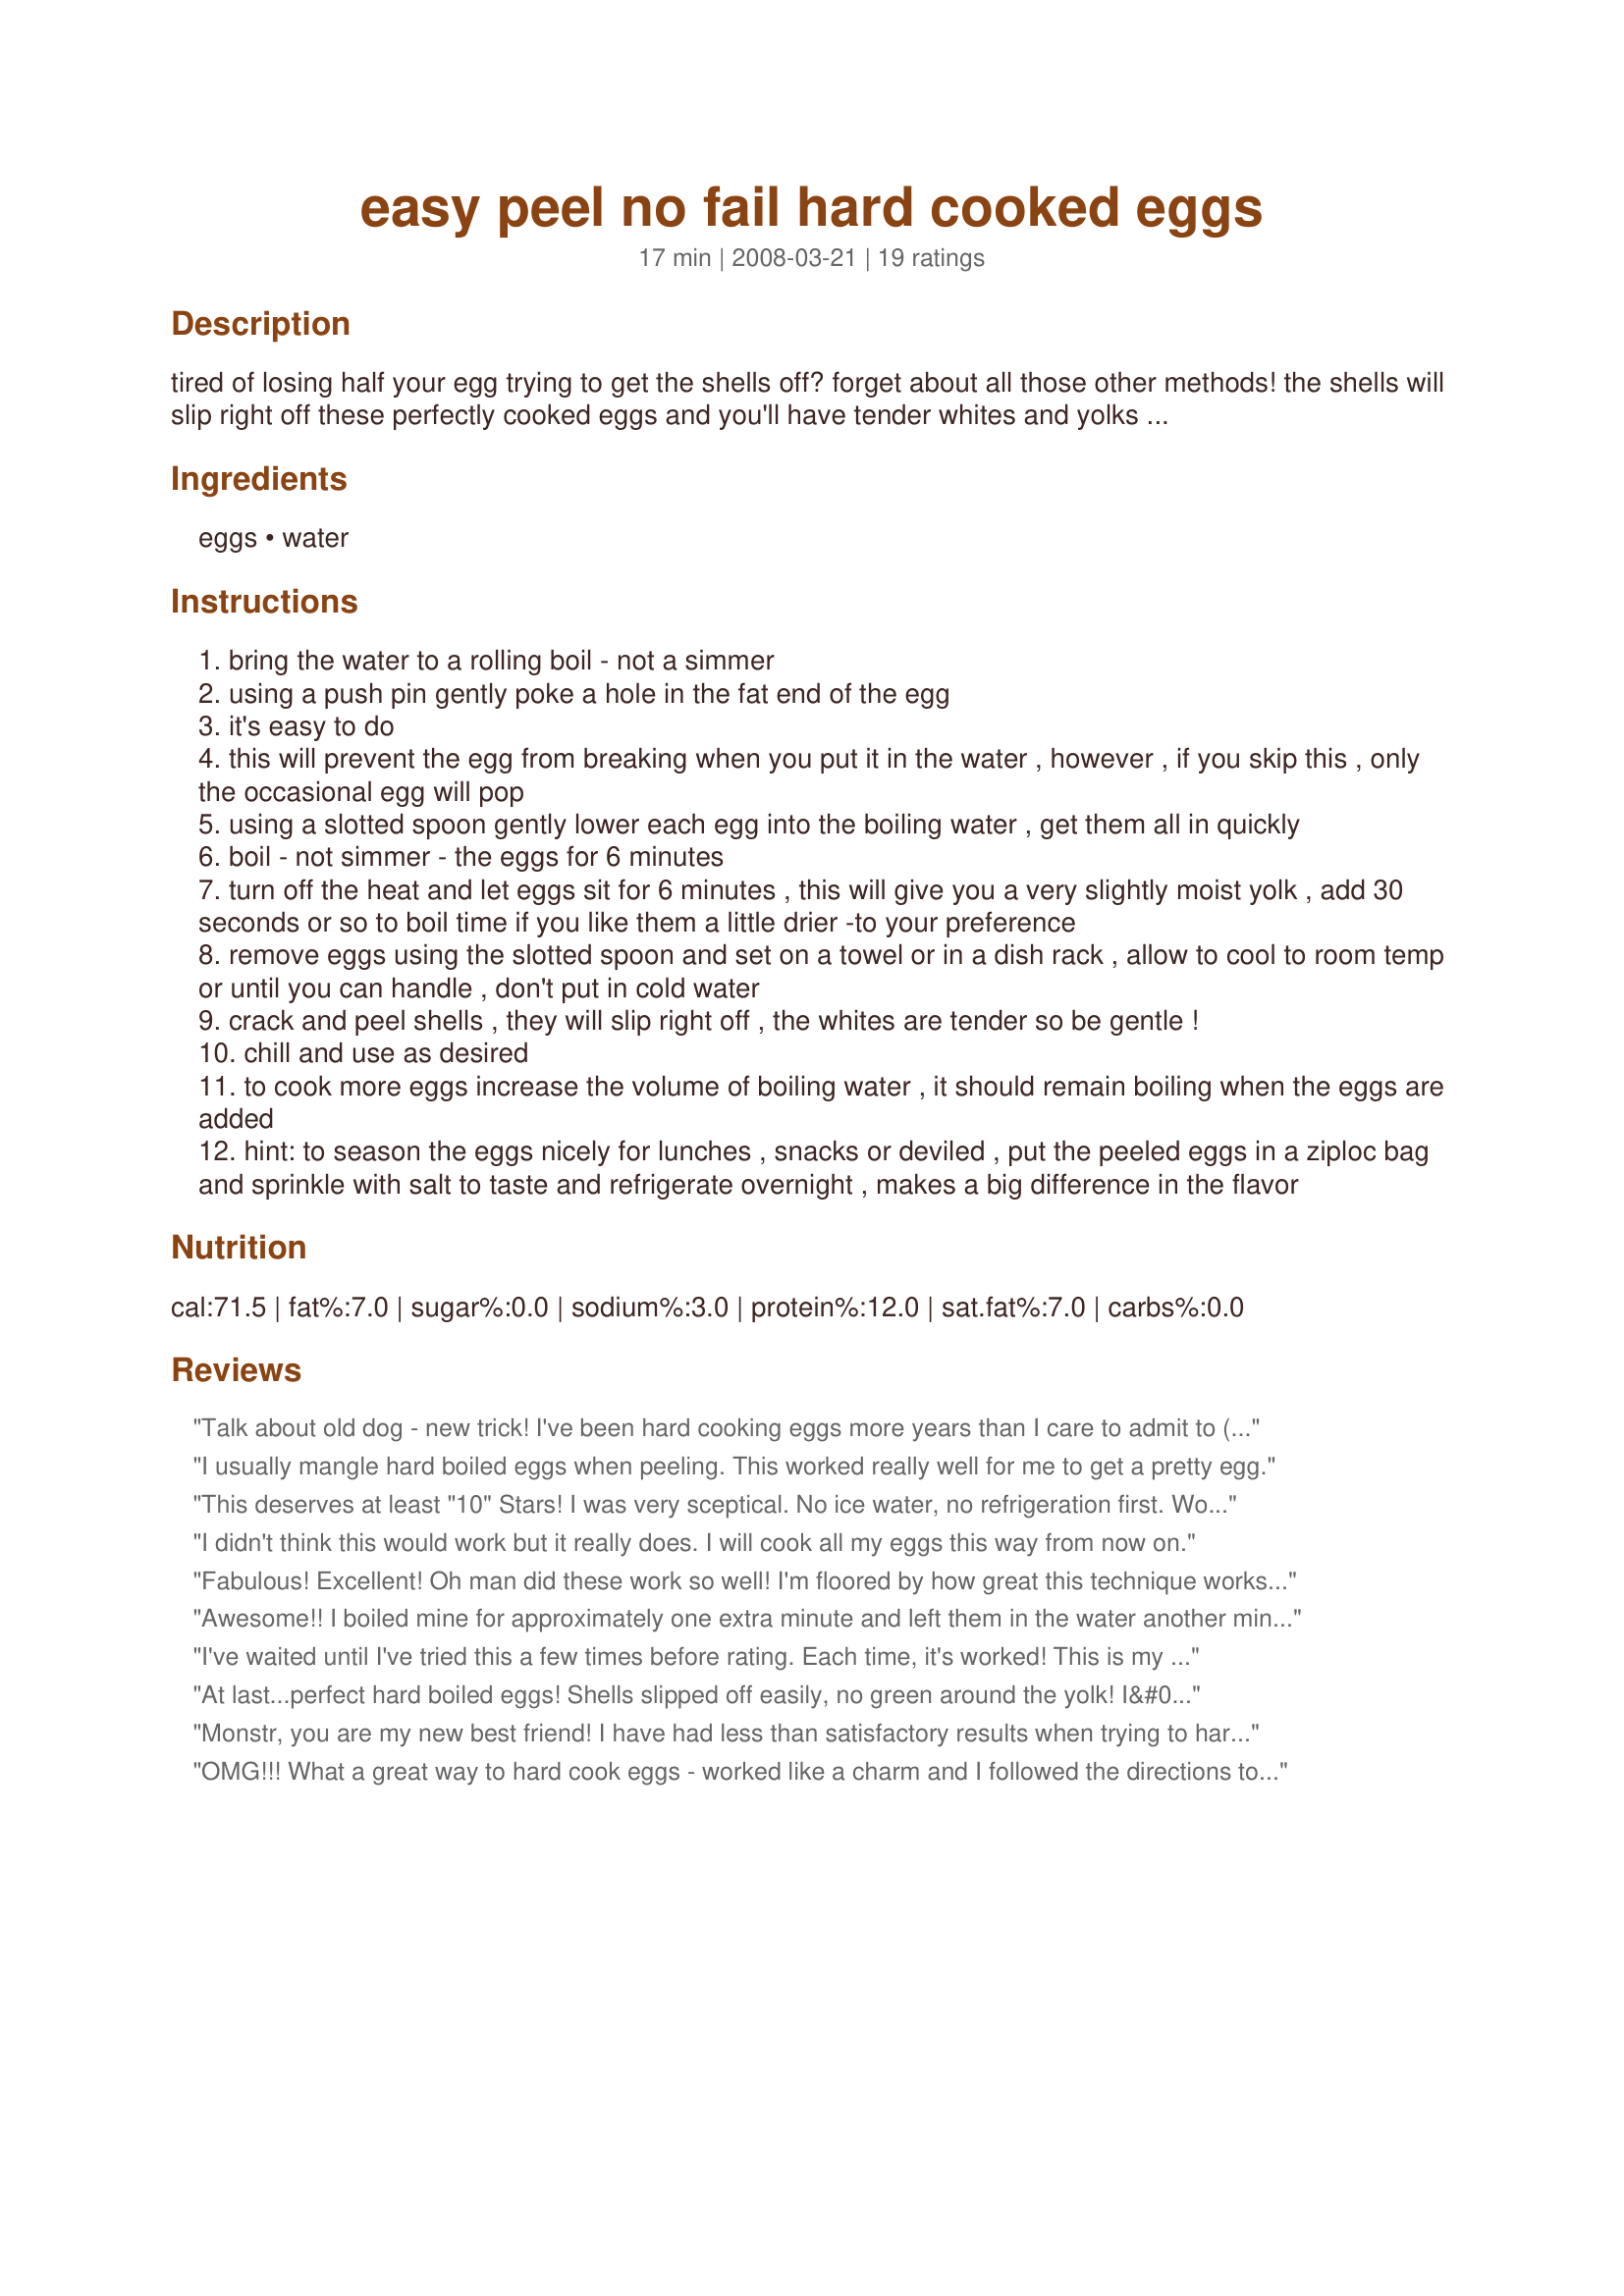
easy peel no fail hard cooked eggs
Preparation time: 17 minutes

tired of losing half your egg trying to get the shells off? forget about all those other methods! the shells will slip right off these perfectly cooked eggs and you'll have tender whites and yolks done just right, no green. a bonus hint for seasoning your hard cooked eggs too!

Ingredients:
eggs, water

Steps:
bring the water to a rolling boil - not a simmer
using a push pin gently poke a hole in the fat end of the egg
it's easy to do
this will prevent the egg from breaking when you put it in the water , however , if you skip this , only the occasional egg will pop
using a slotted spoon gently lower each egg into the boiling water , get them all in quickly
boil - not simmer - the eggs for 6 minutes
turn off the heat and let eggs sit for 6 minutes , this will give you a very slightly moist yolk , add 30 seconds or so to boil time if you like them a little drier -to your preference
remove eggs using the slotted spoon and set on a towel or in a dish rack , allow to cool to room temp or until you can handle , don't put in cold water
crack and peel shells , they will slip right off , the whites are tender so be gentle !
chill and use as desired
to cook more eggs increase the volume of boiling water , it should remain boiling when the eggs are added
hint: to season the eggs nicely for lunches , snacks or deviled , put the peeled eggs in a ziploc bag and sprinkle with salt to taste and refrigerate overnight , makes a big difference in the flavor

Reviews:
Talk about old dog - new trick! I've been hard cooking eggs more years than I care to admit to (I'm a great-grandmother) and these just plain worked. I like the preciseness. I've always done it by guess and by golly, which invariably gave me green egg ring around the yolk. My family prob. doesn't even know that hard cooked eggs aren't supposed to have green rings! I think that a little adjustment for cold eggs vs room temp be kept in mind. Thanks for the posting.
I usually mangle hard boiled eggs when peeling. This worked really well for me to get a pretty egg.
This deserves at least "10" Stars! I was very sceptical. No ice water, no refrigeration first.
Wow This is the best trick since sliced bread. I teach a cooking class for adult Ed. program and all these ladies and gentelman are Amazed. Thanks a Ton. :-)
I didn't think this would work but it really does. I will cook all my eggs this way from now on.
Fabulous! Excellent! Oh man did these work so well! I'm floored by how great this technique works. I was so skeptical when I read about the pushpin, but after losing over 18 eggs on the night before Thanksgiving, I was ready for anything. These shells came off in 2-3 pieces instead of 2-3 thousand. The yolk was perfect, not gooey or green. I'm sold. Thank you so much!
Awesome!! I boiled mine for approximately one extra minute and left them in the water another minute. I put them in straight from the fridge. And they were fresh from the store eggs. I did peel them while they were still quite warm to the touch, but the shells come off perfectly. I was shocked.
I've waited until I've tried this a few times before rating. Each time, it's worked! This is my go-to method for cooking hard boiled eggs. Thanks so much!
At last...perfect hard boiled eggs! Shells slipped off easily, no green around the yolk! I&#039;m in heaven. Thank you so much for sharing this recipe! (didn&#039;t do the needle trick~worked just fine!)
Monstr, you are my new best friend! I have had less than satisfactory results when trying to hard cook eggs by bringing the eggs to a boil and then removing from the heat for a certain number of minutes, which seems to be the popular way of doing it these days. After ruining 1 1/2 dozen eggs this morning that were to be used for Easter dinner deviled eggs, I ran across you recipe. Like the others, I was skeptical particularly when some of the egg whites started leaking out the pin holes. But the results were spectacular! The shells came right off and the egg yolks were pure yellow, with none of the green ring! You saved the day! Thanks so much for sharing this. I've added it to my cookbook so I NEVER lose the recipe...
OMG!!! What a great way to hard cook eggs - worked like a charm and I followed the directions to the letter - even used the hint to season and it gave such a nice taste to the eggs. I used the eggs to make recipe#192196 and to make it even more difficult used farm fresh eggs and it still worked perfect. Thanks for such a great method, this is the only way I'll ever hard boil eggs again.
I would not have believed it...But it was wonderful. Easiest hard cooked eggs ever. Even with fresh from the store eggs.
These were SO easy to peel! Just as promised! We boiled for ~6.5 minutes because we were using them for deviled eggs. Definitely will use this method again!
I wasn't real sure about this but doggone it, it worked! I was afraid of smashing an egg when I tried to poke it, but that didn't happen either. I followed the recipe and instructions and put 2 eggs in the ziploc with a dash of salt for the fridge for tomorrow, We'll see what happens, but I have been happy so far! Thanks for sharing some great tips Monstr, Made for When It's Hot Tag Game.
The shells didn't come off as easily for me as it did for the other reviews I have read here. However, it was a bit easier than usual. I am going to try it again, so hopefully I can perfect it.
I CAN'T BELIEVE IT! This method is fantastic. I am 60 years old and this is the FIRST time I haven't ruined at least one egg making deviled eggs. In fact, folks love my deviled eggs so I'm asked to bring to functions quite often. I have always DREADED it because if it's last minute and I have to purchase fresh eggs, I tear them up. I was asked three days ago to bring my eggs to a Thanksgiving get-to-gether and I had 6 eggs in the fridge that I figured were "devil" ready but had to purchase another dozen. I was skeptical after trying so many methods over so many years that I actually plan on tearing up eggs and using the extra yolks for the filling. Well guess what? I have no torn up eggs to sacrifice for the filling. I was being supersticious so tried the first 6 (the older ones) and they came out fine. I didn't want to run the risk of changing anything in the instructions so did the other dozen in two batches. Same results. Perfect eggs. We are traveling a good way so I've decided to just take the tops off the eggs enough to get the yolk out and fill the eggs and putting them back in the (washed) cartons for transport. You have made a believer out of me. Try this folks, you will never have another messed up egg!
Silly as it sounds, I have been boiling eggs for 40+ years. But since I have moved to sea level the egg shells kept staying on no matter what. This recipe worked like a charm! I did not pin prick since they were for Easter egg decorating, so I &quot;popped&quot; 3 out of 20. The rest were perfect :)
I made this exactly as written, and the shells came off perfectly! The yolks were bright yellow and there was not a spot of green/grey color. The only thing I will change next time is to boil the eggs a minute or two longer (as suggested in the recipe) so the yolks are cooked a little more; I wanted to try the recipe first as stated before changing times. Made for I Recommend Tag.
I hard boiled eggs often. I have tried so many different &quot;tricks&quot; to have the eggs peel easily and also for no green yokes. This is the only recipe that has worked for me. I have used this at least a dozen times now and every egg has been beautiful. I don&#039;t pin prick the egg as suggested. I have also refrigerated the eggs with the shells on and a few days later they still peel very nicely.
Woooo hooo! Thanks so much for this. You rock. Had yummy "heavenly eggs" (what I call deviled eggs) lol.. I boil them for a minute extra like you said because of my preference and I loved the idea of seasoning them before storing. Muchas gracias!
